Civil Veterinary Department Bihar & Orissa reports 1922-29 - 1922-1929
Year: 1922
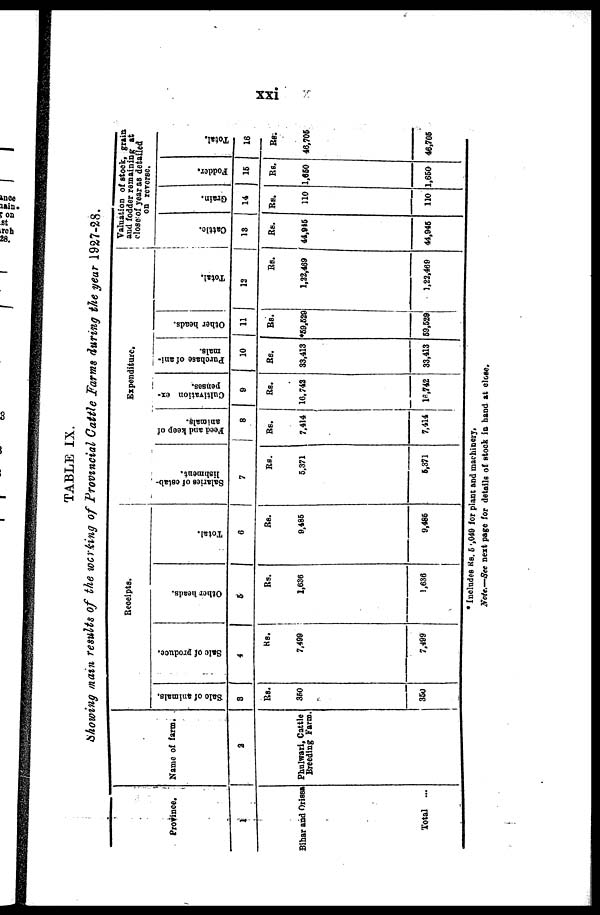
xxi
TABLE IX.
Showing main results of the working of Provincial Cattle Farms during the year 1927-28.
Province.
1
Bihar and Orissa
Total ...
Name of farm.
2
Phulwari, Cattle
Breeding Farm.
Receipts.
Sale of animals.
8
Rs.
350
350
Sale of produce.
4
Rs.
7,499
7,499
Other beads.
5
Rs.
1,836
1,636
Total.
6
Rs.
9,486
9,486
Expenditure.
Salaries of estab-
lishment.
7
Rs.
5,371
6,371
Feed and keep of
animals.
8
Rs.
7,414
7,414
Cultivation ex-
penses.
9
Rs.
16,742
16,742
Purchase of ani-
mals.
10
Rs.
33,413
33,413
Other heads.
11
Rs.
*59,529
69,529
Total.
12
Rs.
1,22,469
1,22,469
Valuation of stock, grain
and fodder remaining at
closer of year as detailed
on reverse.
Cat t l e.
13
Rs.
44,915
44,945
Grain.
14
Rs.
110
110
Fodder,
15
Rs.
1,650
1,660
Total.
16
RS.
46,705
46,705
* Includes Rs. 5,049 for plant and machinery,
Note.—See next page for details of stock in band at close.